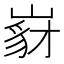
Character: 𡺵